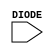
module sky130_fd_sc_ms__diode (
    DIODE
);

    // Module ports
    input DIODE;
     // No contents.
endmodule